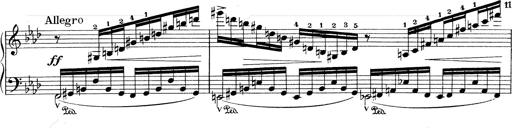
Title: Weinen, Klagen, Sorgen, Zagen
Composer: Franz Liszt